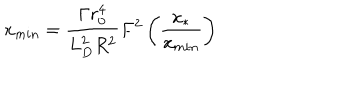
x _ { m i n } = \frac { \Gamma r _ { 0 } ^ { 4 } } { L _ { D } ^ { 2 } R ^ { 2 } } F ^ { 2 } \left( \frac { x _ { * } } { x _ { m i n } } \right)